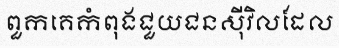
ពួកគេកំពុងជួយជនស៊ីវិលដែល